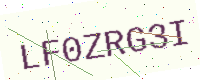
Text: LF0ZRG3I